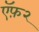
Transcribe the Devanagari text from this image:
ऍफ़२